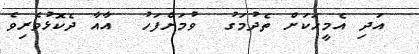
އަދި އެމީހަކަށް ތެދުމަގު  ވުމަށްފަހު  އާއާ ދެކޮޅުވެރިވެ